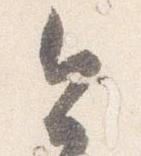
今